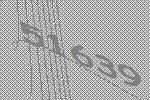
51639